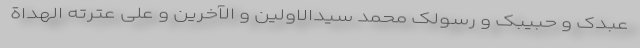
عبدک و حبیبک و رسولک محمد سیدالاولین و الآخرین و علی عترته الهداة